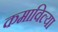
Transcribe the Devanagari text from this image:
कमाविल्या